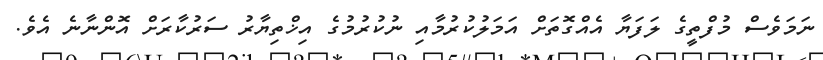
ނަމަވެސް މުފްތީގެ ލަފަޔާ އެއްގޮތަށް އަމަލުކުރުމާއި ނުކުރުމުގެ އިޚްތިޔާރު ސަރުކާރަށް އޮންނާނެ އެވެ.